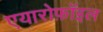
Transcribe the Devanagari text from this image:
एयारोफ़ॉइल